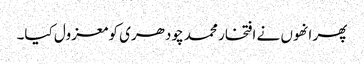
پھر انھوں نے افتخار محمد چودھری کو معزول کیا۔